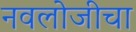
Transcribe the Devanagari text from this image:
नवलोजीचा